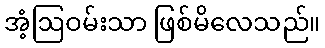
အံ့ဩဝမ်းသာ ဖြစ်မိလေသည်။